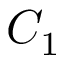
C _ { 1 }